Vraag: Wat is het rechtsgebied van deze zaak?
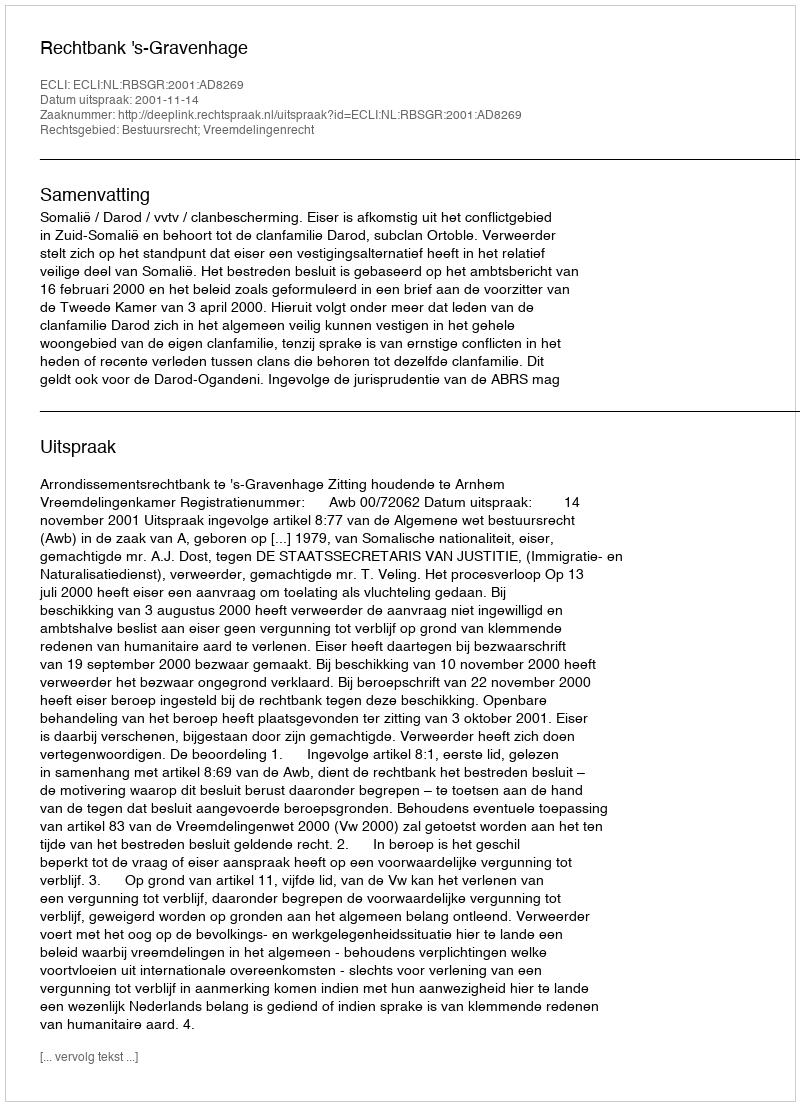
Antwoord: Bestuursrecht; Vreemdelingenrecht